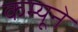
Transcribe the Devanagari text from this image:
कम्यूने